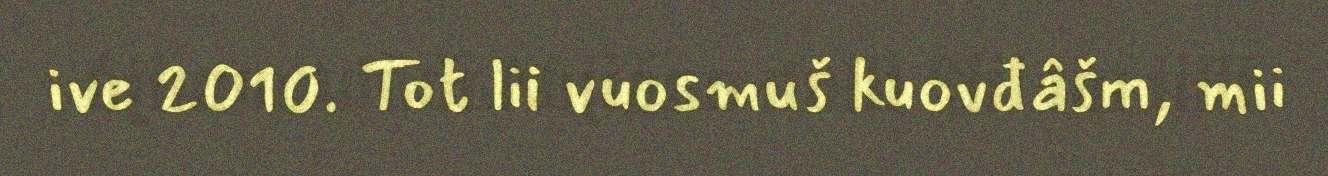
ive 2010. Tot lii vuosmuš kuovđâšm, mii